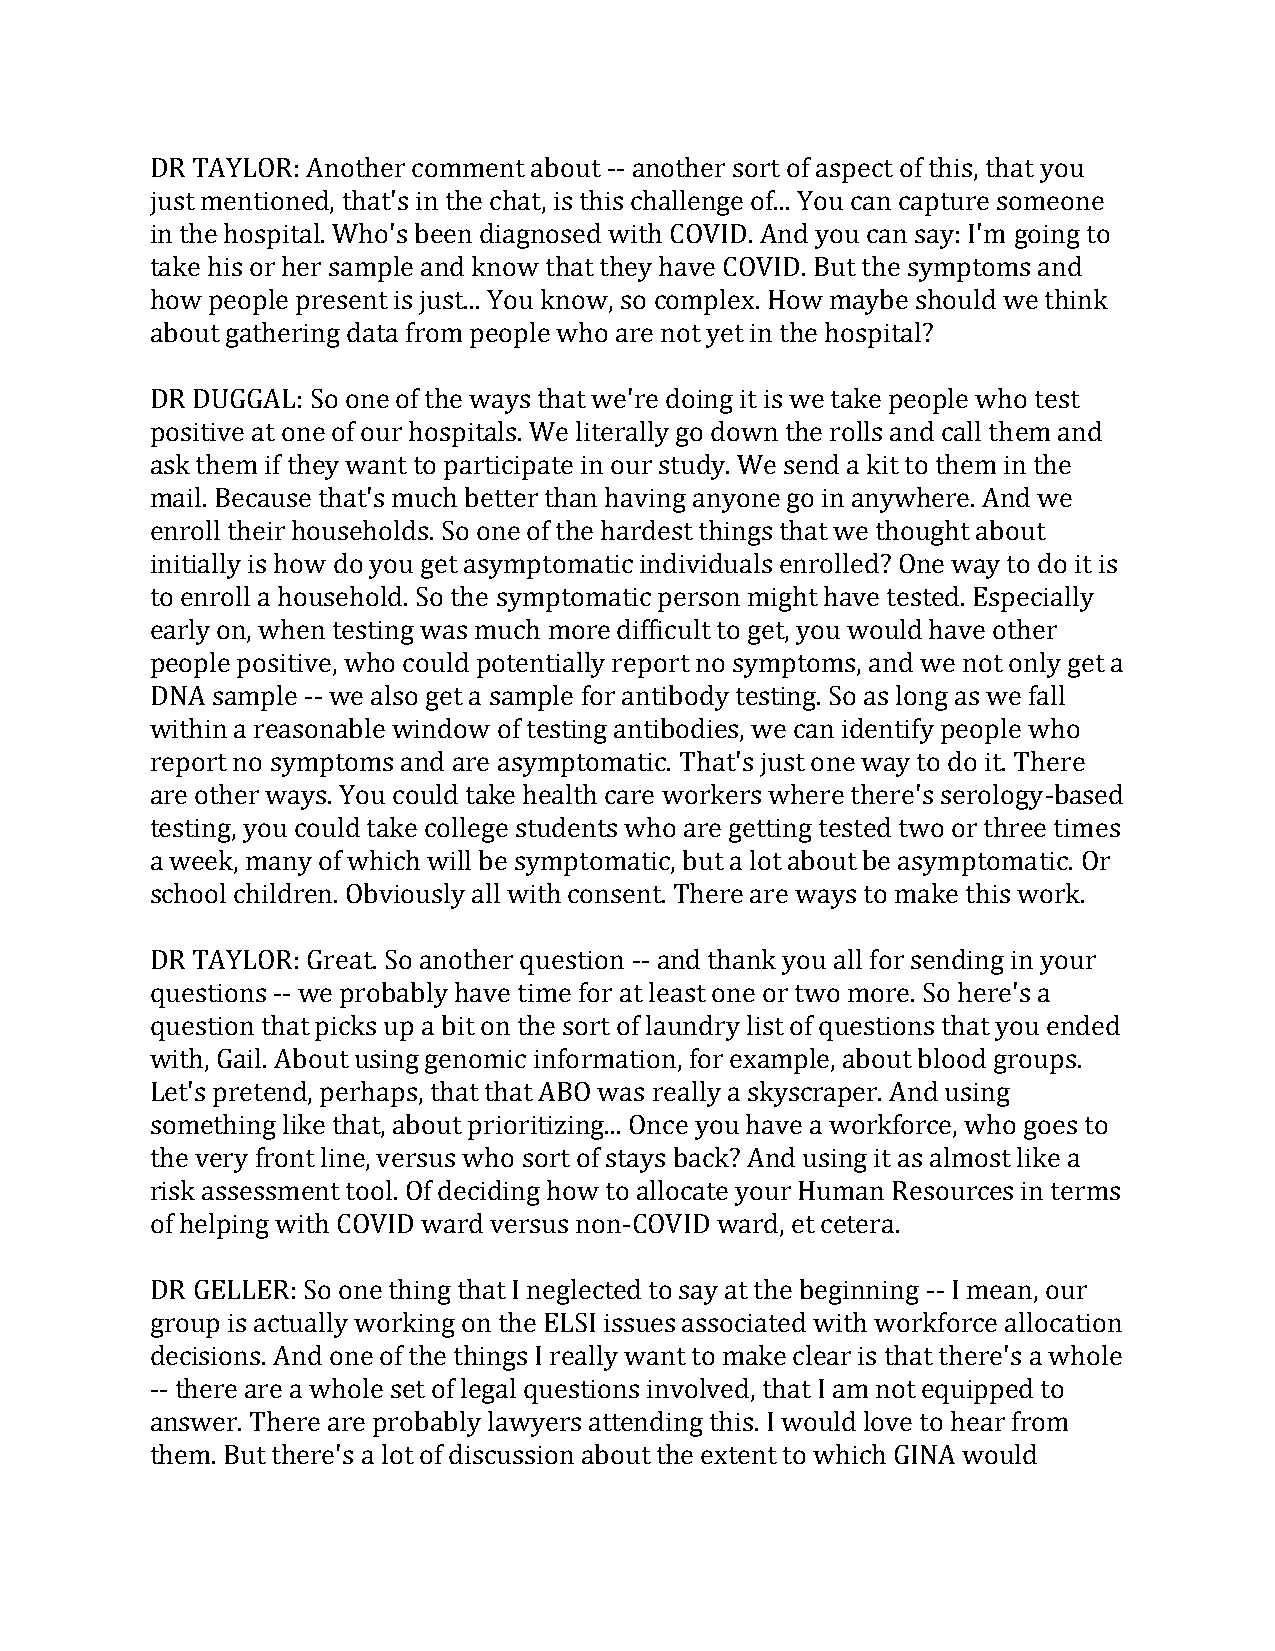
DR TAYLOR: Another comment about -- another sort of aspect of this, that you
 just mentioned, that's in the chat, is this challenge of... You can capture someone
 in the hospital. Who's been diagnosed with COVID. And you can say: I'm going to
 take his or her sample and know that they have COVID. But the symptoms and
 how people present is just... You know, so complex. How maybe should we think
 about gathering data from people who are not yet in the hospital?
 DR DUGGAL: So one of the ways that we're doing it is we take people who test
 positive at one of our hospitals. We literally go down the rolls and call them and
 ask them if they want to participate in our study. We send a kit to them in the
 mail. Because that's much better than having anyone go in anywhere. And we
 enroll their households. So one of the hardest things that we thought about
 initially is how do you get asymptomatic individuals enrolled? One way to do it is
 to enroll a household. So the symptomatic person might have tested. Especially
 early on, when testing was much more difficult to get, you would have other
 people positive, who could potentially report no symptoms, and we not only get a
 DNA sample -- we also get a sample for antibody testing. So as long as we fall
 within a reasonable window of testing antibodies, we can identify people who
 report no symptoms and are asymptomatic. That's just one way to do it. There
 are other ways. You could take health care workers where there's serology-based
 testing, you could take college students who are getting tested two or three times
 a week, many of which will be symptomatic, but a lot about be asymptomatic. Or
 school children. Obviously all with consent. There are ways to make this work.
 DR TAYLOR: Great. So another question -- and thank you all for sending in your
 questions -- we probably have time for at least one or two more. So here's a
 question that picks up a bit on the sort of laundry list of questions that you ended
 with, Gail. About using genomic information, for example, about blood groups.
 Let's pretend, perhaps, that that ABO was really a skyscraper. And using
 something like that, about prioritizing... Once you have a workforce, who goes to
 the very front line, versus who sort of stays back? And using it as almost like a
 risk assessment tool. Of deciding how to allocate your Human Resources in terms
 of helping with COVID ward versus non-COVID ward, et cetera.
 DR GELLER: So one thing that I neglected to say at the beginning -- I mean, our
 group is actually working on the ELSI issues associated with workforce allocation
 decisions. And one of the things I really want to make clear is that there's a whole
 -- there are a whole set of legal questions involved, that I am not equipped to
 answer. There are probably lawyers attending this. I would love to hear from
 them. But there's a lot of discussion about the extent to which GINA would